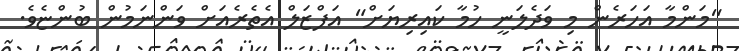
"މަންމާ އަހަރެން މި ވަދެލަނީ ހުމާ ކައިރިޔަށް" އަފްޒަލް އެތެރެއަށް ވަންނަމުން ބުންޏެވެ.